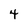
Character: 4